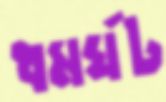
ধমর্ঘট